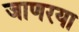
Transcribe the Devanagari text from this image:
जाणरया